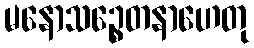
မနောသဉ္စေတနာဟေတု